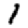
Digit: 1